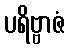
ပရိဗ္ဗာဇံ